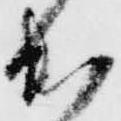
出